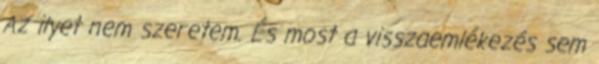
Az ilyet nem szeretem. És most a visszaemlékezés sem